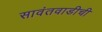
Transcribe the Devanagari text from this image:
सावंतवाडीची